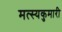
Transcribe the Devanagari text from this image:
मत्स्यकुमारी